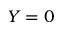
Y = 0